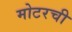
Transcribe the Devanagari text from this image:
मोटरची